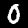
Digit: 0